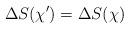
LaTeX: \begin{align*}\Delta S(\chi') = \Delta S(\chi)\end{align*}